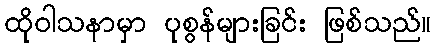
ထိုဝါသနာမှာ ပုစွန်များခြင်း ဖြစ်သည်။